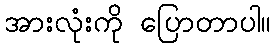
အားလုံးကို ပြောတာပါ။